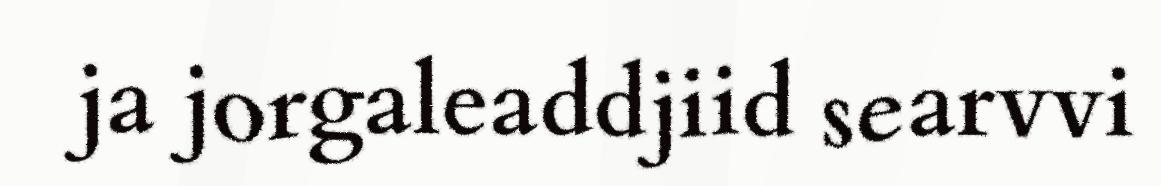
ja jorgaleaddjiid searvvi